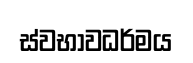
ස්වභාවධර්මය